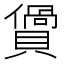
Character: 𧷴